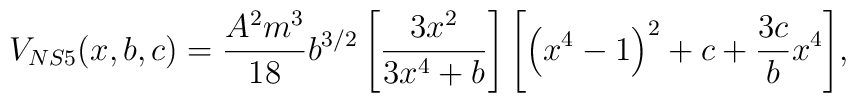
V_{NS5}(x,b,c)=\frac{A^2 m^3}{18}b^{3/2}\left[\frac{3x^2}{3x^4+b}\right]\Biggl[\left(x^4 -1\right)^2+c+\frac{3c}{b}x^4 \Biggr],